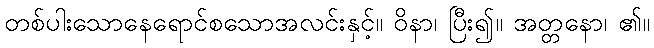
တစ်ပါးသောနေရောင်စသောအလင်းနှင့်။ ဝိနာ၊ ပြီး၍။ အတ္တနော၊ ၏။